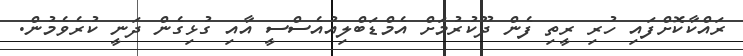
ރައްކާކޮށްފައި ހުރި ރީތި ފެން ދޫކުރުމަށް އެމްޑަބްލިއުއެސްސީ އާއި ގުޅިގެން ދަނީ ކުރެވެމުން.